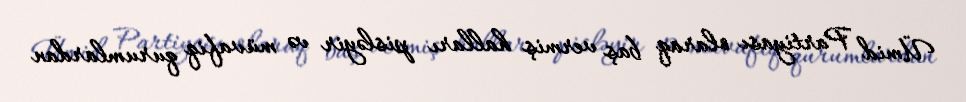
Ümid Partiyası olaraq baş vermiş halları pisləyir və müvafiq qurumlardan